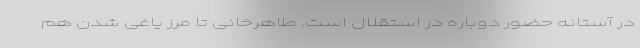
در آستانه حضور دوباره در استقلال است. طاهرخانی تا مرز یاغی شدن هم